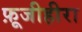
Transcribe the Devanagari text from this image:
फ़ूजीहीरा